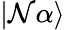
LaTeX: |\mathcal{N}\alpha\rangle